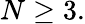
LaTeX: N\geq 3.